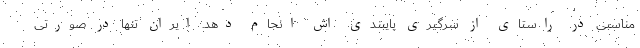
مناسبی در راستای از سرگیری پایبندی اش انجام دهد. ایران تنها در صورتی